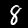
Digit: 8